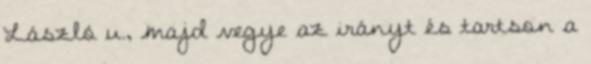
László u., majd vegye az irányt és tartson a